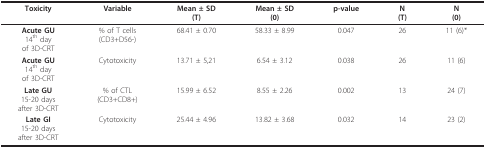
<table><thead><tr><td><b>Toxicity</b></td><td><b>Variable</b></td><td><b>Mean ± SD(T)</b></td><td><b>Mean ± SD(0)</b></td><td><b>p-value</b></td><td><b>N(T)</b></td><td><b>N(0)</b></td></tr></thead><tbody><tr><td><b>Acute GU</b>14<sup>th </sup>dayof 3D-CRT</td><td>% of T cells(CD3+D56-)</td><td>68.41 ± 0.70</td><td>58.33 ± 8.99</td><td>0.047</td><td>26</td><td>11 (6)*</td></tr><tr><td><b>Acute GU</b>14<sup>th </sup>dayof 3D-CRT</td><td>Cytotoxicity</td><td>13.71 ± 5,21</td><td>6.54 ± 3.12</td><td>0.038</td><td>26</td><td>11 (6)</td></tr><tr><td><b>Late GU</b>15-20 daysafter 3D-CRT</td><td>% of CTL(CD3+CD8+)</td><td>15.99 ± 6.52</td><td>8.55 ± 2.26</td><td>0.002</td><td>13</td><td>24 (7)</td></tr><tr><td><b>Late GI</b>15-20 daysafter 3D-CRT</td><td>Cytotoxicity</td><td>25.44 ± 4.96</td><td>13.82 ± 3.68</td><td>0.032</td><td>14</td><td>23 (2)</td></tr></tbody></table>